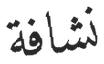
نشافة